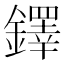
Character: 鐸